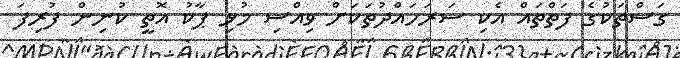
ގަސްތަކުގެ ފަތްތައް އެކި ސަރަހައްދުތަކަށް ވިއްސި މުޅި ޕާކު އޮތީ ކުނިން ފުރިފަ